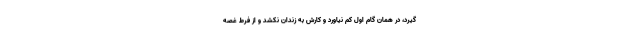
گیرد، در همان گام اول کم نیاورد و کارش به زندان نکشد و از فرط غصه